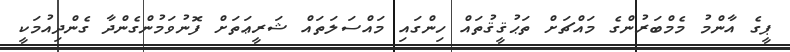
ޕީގެ އާންމު މެމްބަރުންގެ މައްޗަށް ތަޙުޤީޤުތައް ހިންގައި މައްސަލަތައް ޝަރީޢަތަށް ފޮނުވަމުންގެންދާ ގެންދިއުމަކީ